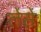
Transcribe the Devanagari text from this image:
लेंसें